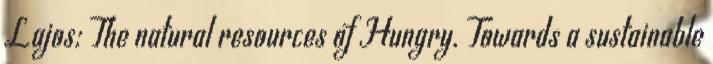
Lajos: The natural resources of Hungry. Towards a sustainable